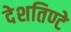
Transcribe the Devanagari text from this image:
देशतिण्टे